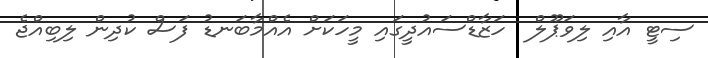
ސިޓީ އާއި ލިވަޕޫލް  ހަޒާޑްސައުދީގައި މީހަކަށް އެއްމާބަނޑު ފަސް ކުދިން ލިބިއްޖެ